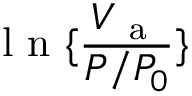
\mathrm { ~ l ~ n ~ } \{ \frac { V _ { \mathrm { ~ a ~ } } } { P / P _ { 0 } } \}